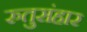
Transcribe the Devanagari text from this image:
रुतुसंहार